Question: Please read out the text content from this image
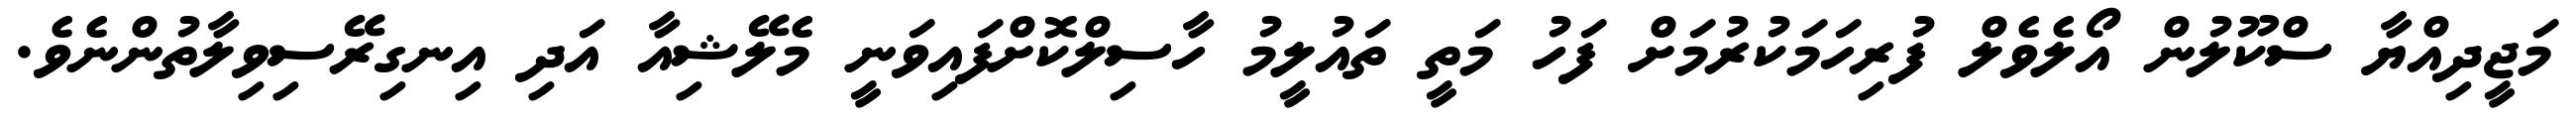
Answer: މަޖީދިއްޔާ ސްކޫލުން އޯލެވެލް ފުރިހަމަކުރުމަށް ފަހު މަތީ ތައުލީމު ހާސިލްކޮށްފައިވަނީ މެލޭޝިއާ އަދި އިނގިރޭސިވިލާތުންނެވެ.